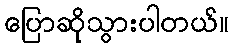
ပြောဆိုသွားပါတယ်။